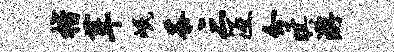
楷葺岷茶三冱分暝游